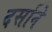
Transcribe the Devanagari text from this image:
दर्साने